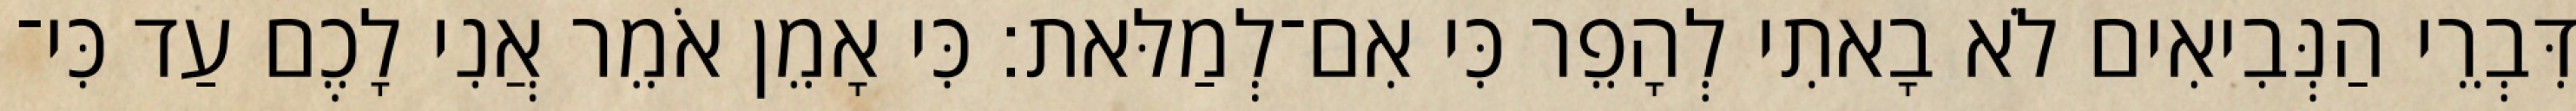
דִּבְרֵי הַנְּבִיאִים לֹא בָאתִי לְהָפֵר כִּי אִם־לְמַלּאת׃ כִּי אָמֵן אֹמֵר אֲנִי לָכֶם עַד כִּי־